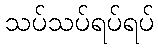
သပ်သပ်ရပ်ရပ်